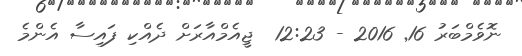
ނޮވެމްބަރު 16